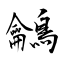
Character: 鸙